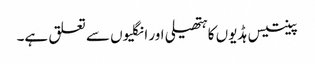
پینتیس ہڈیوں کا ہتھیلی اور انگلیوں سے تعلق ہے۔